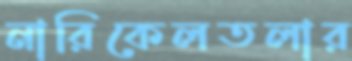
নারিকেলতলার